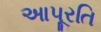
આપૂરતિ